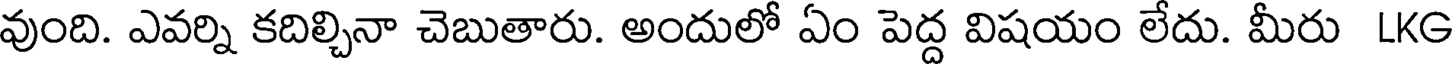
వుంది. ఎవర్ని కదిల్చినా చెబుతారు. అందులో ఏం పెద్ద విషయం లేదు. మీరు LKG